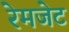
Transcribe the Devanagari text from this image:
रेमजेट